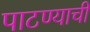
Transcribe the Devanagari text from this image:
पाटण्याची